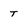
Character: t